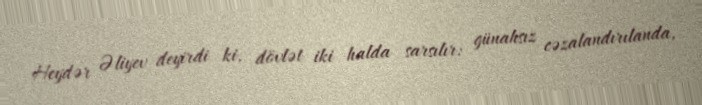
Heydər Əliyev deyirdi ki, dövlət iki halda sarsılır: günahsız cəzalandırılanda,